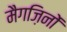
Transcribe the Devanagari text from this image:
मैगज़िनों